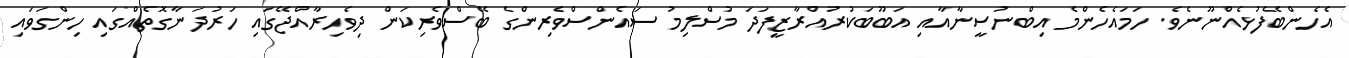
އެހެންބޭފުޅެއްނޫނެވެ. ހަމައެހެންމެ އިބްނުސީނާއާއި އަބޫބަކުރުއްރާޒީފަދަ މުސްލިމު ސައެންސްވެރިންގެ ބޭސްވެރިކަން ދިވެހިރާއްޖޭގައި ހަރުދަނާގޮތެއްގައި ހިންގަވައި